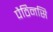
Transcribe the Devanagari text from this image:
पैठिनसि